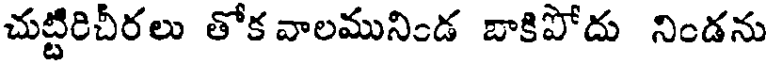
చుట్టిరిచీరలు తోక వాలమునిండ బాకిపోదు నిండను